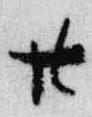
廿